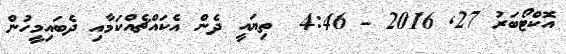
އޮކްޓޯބަރު 27